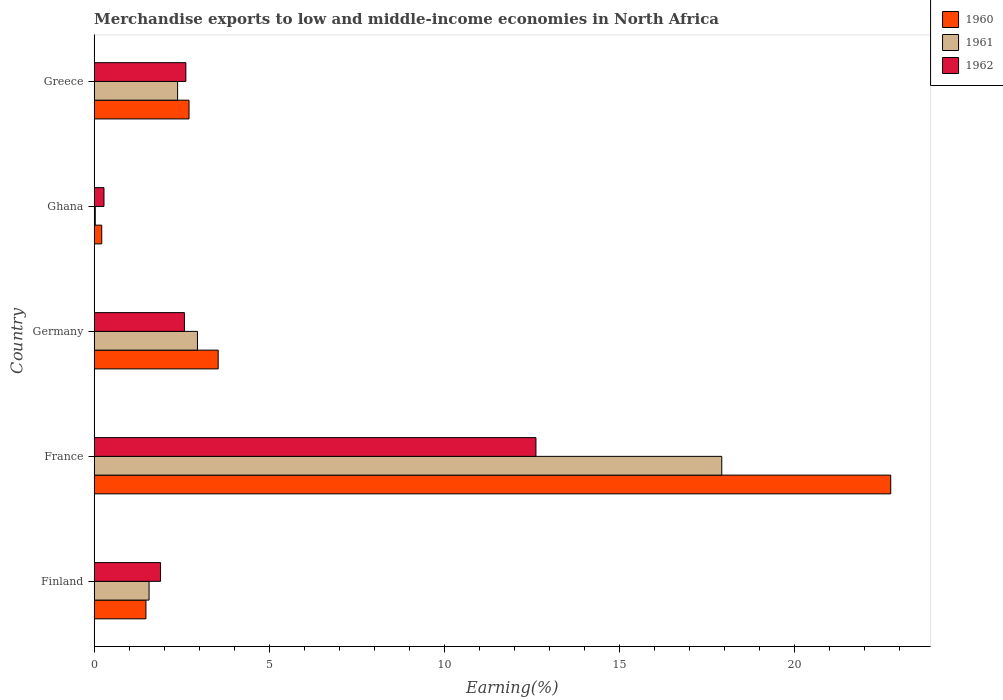
| Country | 1960 | 1961 | 1962 |
 | --- | --- | --- | --- |
 | Finland | 1.48 | 1.57 | 1.9 |
 | France | 22.7 | 17.9 | 12.6 |
 | Germany | 3.54 | 2.95 | 2.58 |
 | Ghana | 0.215 | 0.031 | 0.279 |
 | Greece | 2.71 | 2.38 | 2.62 |